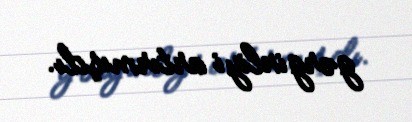
gərginliyi artırmışdı.